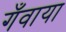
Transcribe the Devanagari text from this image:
गँवाया